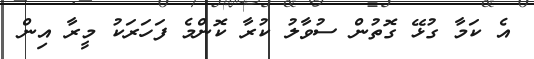
އެ ކަމާ ގުޅޭ ގޮތުން ސުވާލު ކުރާ ކޮންމެ ފަހަރަކު މީރާ އިން